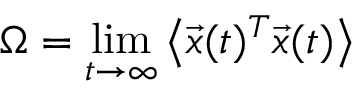
\Omega = \operatorname* { l i m } _ { t \rightarrow \infty } \left\langle \vec { x } ( t ) ^ { T } \vec { x } ( t ) \right\rangle